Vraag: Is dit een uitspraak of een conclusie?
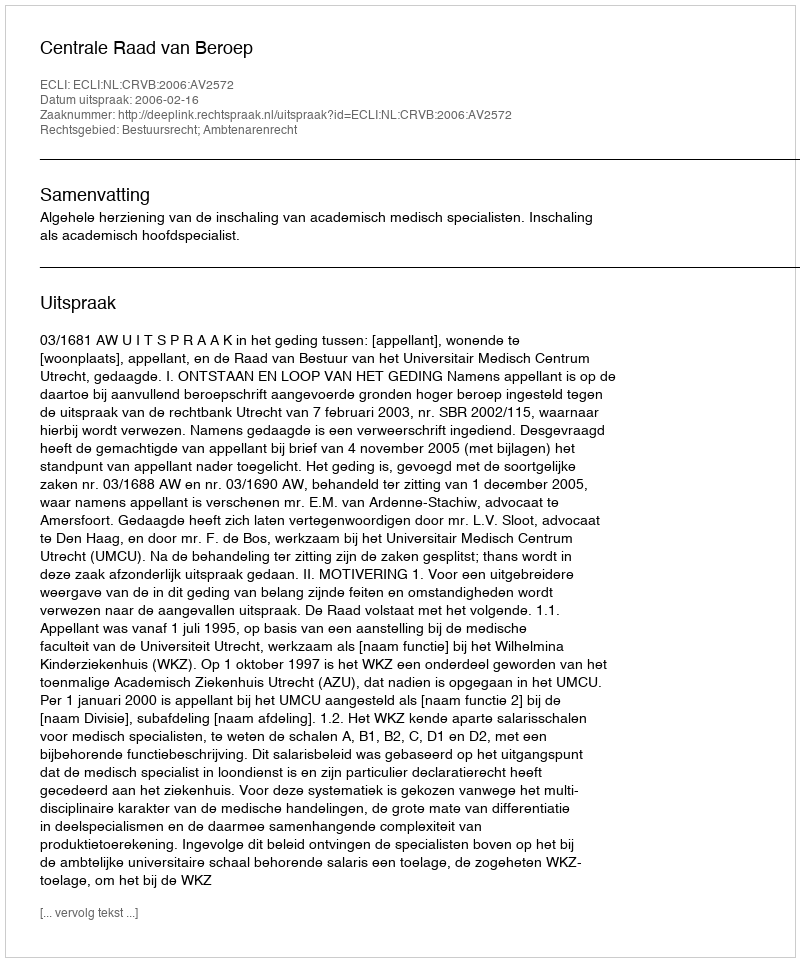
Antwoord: Uitspraak